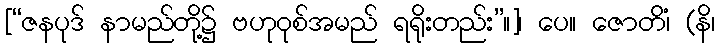
[“ဇနပုဒ် နာမည်တို့၌ ဗဟုဝုစ်အမည် ရရိုးတည်း”။]၊ ပေ။ ဇောတိံ၊ (နိ၊